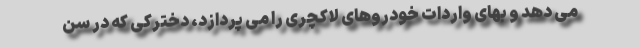
می دهد و بهای واردات خودروهای لاکچری را می پردازد، دخترکی که در سن